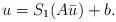
LaTeX: \begin{align*}u=S_1(A\bar u)+b.\end{align*}